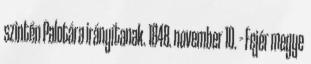
szintén Palotára irányítanak. 1848. november 10. – Fejér megye